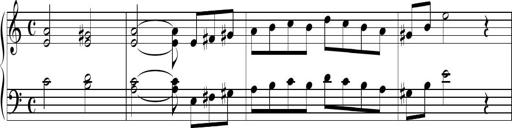
Title: Piano Sonatina No.1
Composer: Dimitri Sykias
Key: D minor